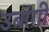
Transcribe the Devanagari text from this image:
उबांगी